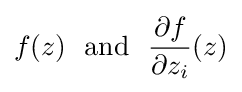
f(z)\ {\text{ and }}\ {\frac {\partial f}{\partial z_{i}}}(z)